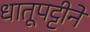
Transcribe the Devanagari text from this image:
धातूपट्टीने